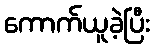
ကောက်ယူခဲ့ပြီး